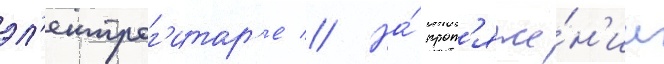
эл'ектрог'итар'е // На́ прот'яже́н'ии